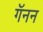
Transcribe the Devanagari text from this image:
गॅनन